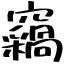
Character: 𫞺